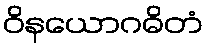
ဝိနယောဂဓိတံ